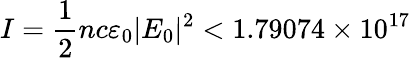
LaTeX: I=\frac{1}{2}nc\varepsilon_{0}|E_{0}|^{2}<1.79074\times 10^{17}